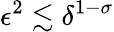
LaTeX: \epsilon^{2}\lesssim\delta^{1-\sigma}